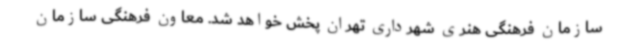
سازمان فرهنگی هنری شهرداری تهران پخش خواهد شد. معاون فرهنگی سازمان